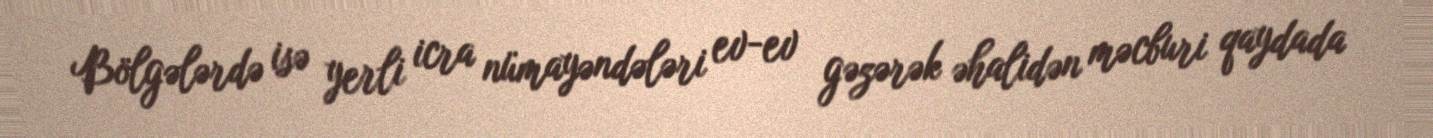
Bölgələrdə isə yerli icra nümayəndələri ev-ev gəzərək əhalidən məcburi qaydada